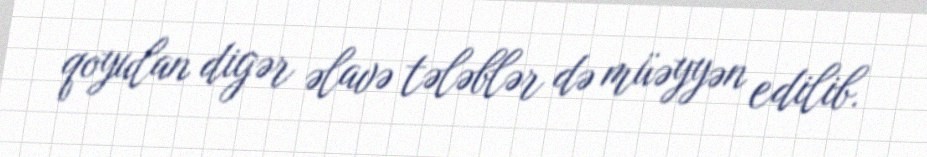
qoyulan digər əlavə tələblər də müəyyən edilib.